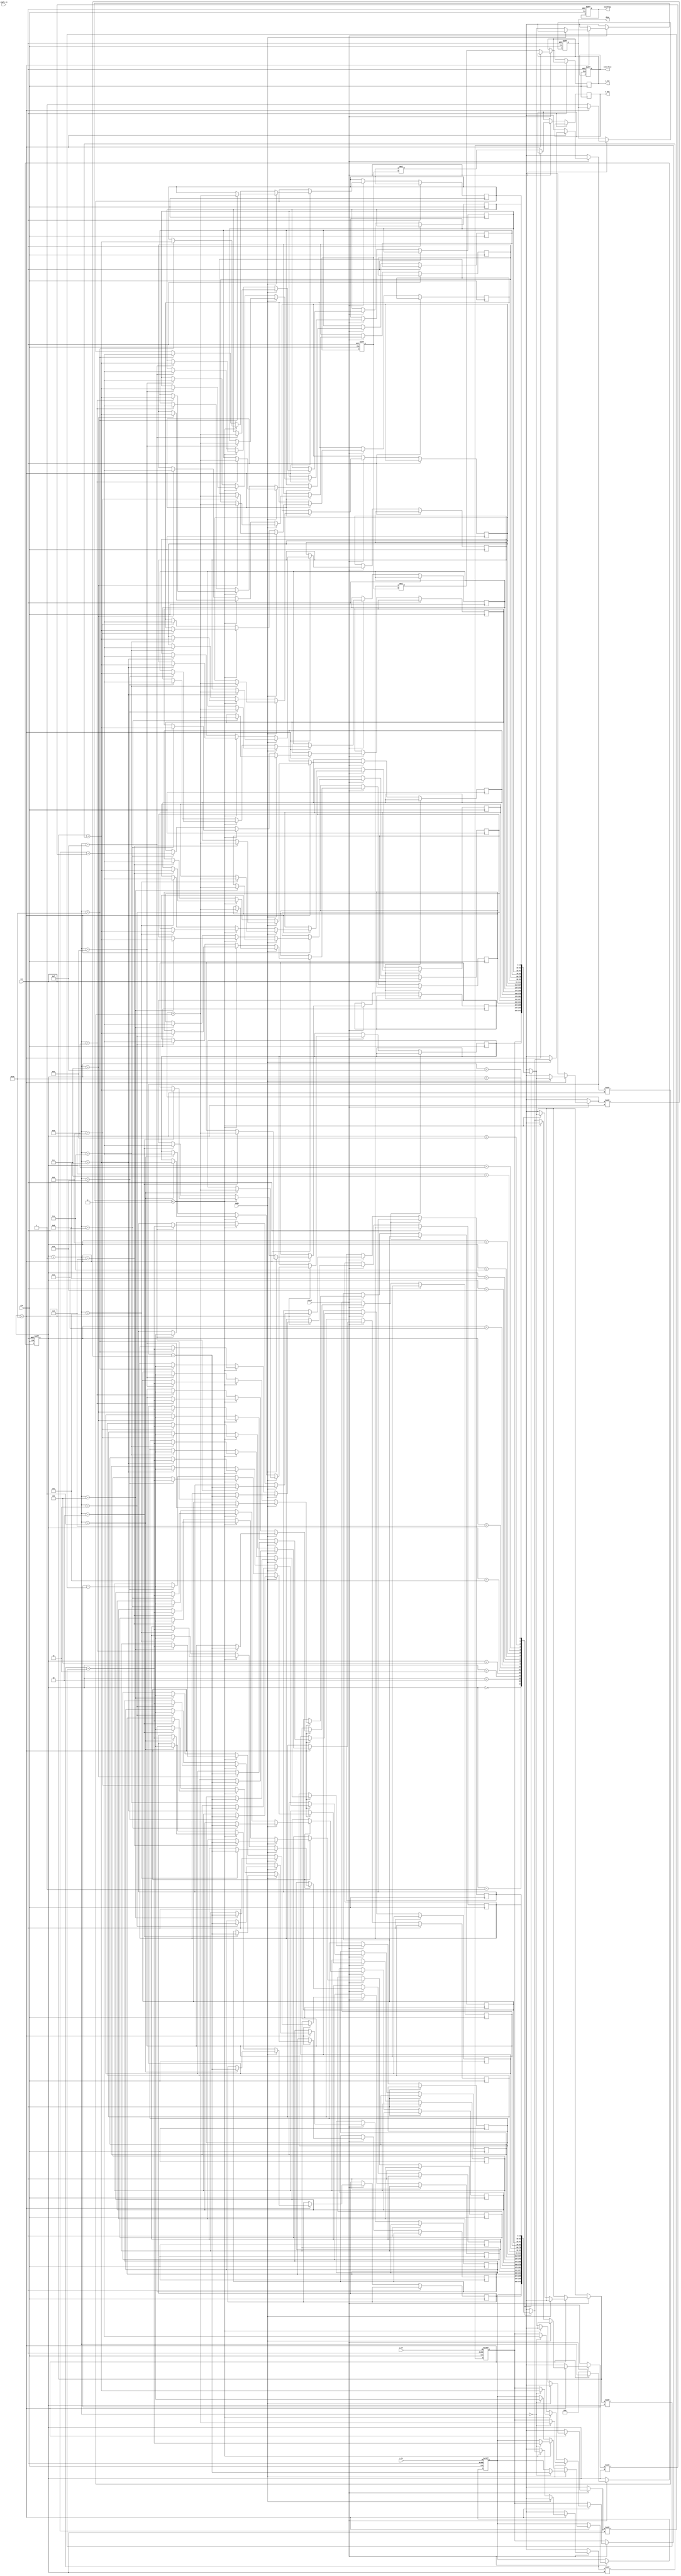
module unified_cordic #(
    parameter N = 16,                  // Number of iterations
    parameter DATA_WIDTH = 16,         // Fixed-point data width
    parameter ANGLE_WIDTH = 16          // Fixed-point angle width
)(
    input wire clk,
    input wire rst,
    input wire start,                  // Start signal for operation
    input wire [DATA_WIDTH-1:0] x_in, // Input X
    input wire [DATA_WIDTH-1:0] y_in, // Input Y
    input wire [ANGLE_WIDTH-1:0] angle_in, // Input angle (in radians)
    input wire mode,                   // Mode: 0 for vectoring, 1 for rotation
    
    output reg [DATA_WIDTH-1:0] x_out, // Output X
    output reg [DATA_WIDTH-1:0] y_out, // Output Y
    output reg done,                  // Operation done flag
    output reg overflow,              // Overflow flag
    output reg underflow              // Underflow flag
);

// Internal variables
reg [DATA_WIDTH-1:0] x[N:0], y[N:0]; // X and Y registers for each iteration
reg [ANGLE_WIDTH-1:0] angle;         // Angle register
reg [4:0] iteration;                 // Iteration counter
reg [DATA_WIDTH-1:0] K;              // Scaling factor

// CORDIC gain constant for N iterations
localparam [DATA_WIDTH-1:0] K_CONST = 16'h1A8D; // Example value for K (scaling factor)

// Lookup table for arctan(2^-i)
reg [ANGLE_WIDTH-1:0] atan_table [0:N-1];
initial begin
    // Initialize arctan lookup table
    atan_table[0] = 16'h3243; // atan(1) = pi/4
    atan_table[1] = 16'h1DAC; // atan(0.5)
    // ... Fill in remaining values for atan(2^-i)
end

// CORDIC iterative computation
always @(posedge clk or posedge rst) begin
    if (rst) begin
        iteration <= 0;
        done <= 0;
        overflow <= 0;
        underflow <= 0;
        x[0] <= x_in;
        y[0] <= y_in;
        angle <= angle_in;
        K <= K_CONST;
    end else if (start) begin
        if (iteration < N) begin
            // CORDIC rotation based on mode
            if (mode == 0) begin // Vectoring mode
                if (y[iteration] < 0) begin
                    x[iteration + 1] <= x[iteration] + (y[iteration] >>> iteration);
                    y[iteration + 1] <= y[iteration] + (x[iteration] >>> iteration);
                    angle <= angle - atan_table[iteration];
                end else begin
                    x[iteration + 1] <= x[iteration] - (y[iteration] >>> iteration);
                    y[iteration + 1] <= y[iteration] + (x[iteration] >>> iteration);
                    angle <= angle + atan_table[iteration];
                end
            end else begin // Rotation mode
                x[iteration + 1] <= x[iteration] - (y[iteration] >>> iteration);
                y[iteration + 1] <= y[iteration] + (x[iteration] >>> iteration);
                angle <= angle - atan_table[iteration]; // Update angle
            end
            
            iteration <= iteration + 1; // Increment iteration counter
        end else begin
            // Final results after N iterations
            x_out <= x[N] * K; // Apply scaling factor
            y_out <= y[N] * K; // Apply scaling factor
            done <= 1; // Set done flag
            iteration <= 0; // Reset iteration for next operation
        end
    end
end

endmodule